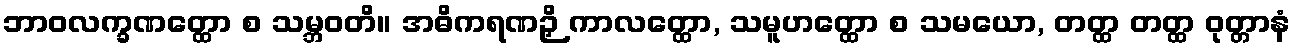
ဘာဝလက္ခဏတ္ထော စ သမ္ဘဝတိ။ အဓိကရဏဉှိ ကာလတ္ထော, သမူဟတ္ထော စ သမယော, တတ္ထ တတ္ထ ဝုတ္တာနံ